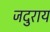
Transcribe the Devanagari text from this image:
जदुराय